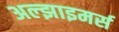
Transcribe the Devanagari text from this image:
अल्झाइमर्स